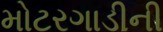
મોટરગાડીની